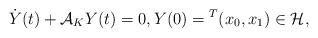
LaTeX: \begin{align*} \dot{Y}(t) + {\mathcal A}_{K} Y(t)=0, Y(0)={}^T(x_0,x_1)\in {\mathcal H},\end{align*}